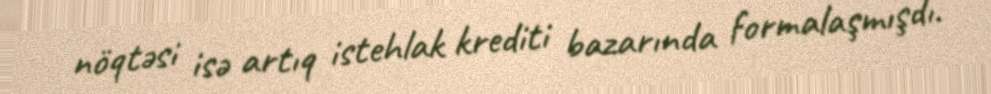
nöqtəsi isə artıq istehlak krediti bazarında formalaşmışdı.